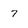
Character: 7